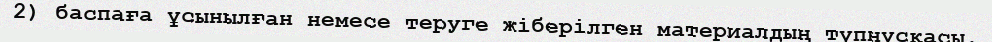
2) баспаға ұсынылған немесе теруге жіберілген материалдың түпнұсқасы.